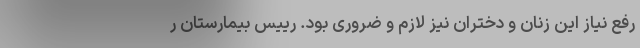
رفع نیاز این زنان و دختران نیز لازم و ضروری بود. رییس بیمارستان ر